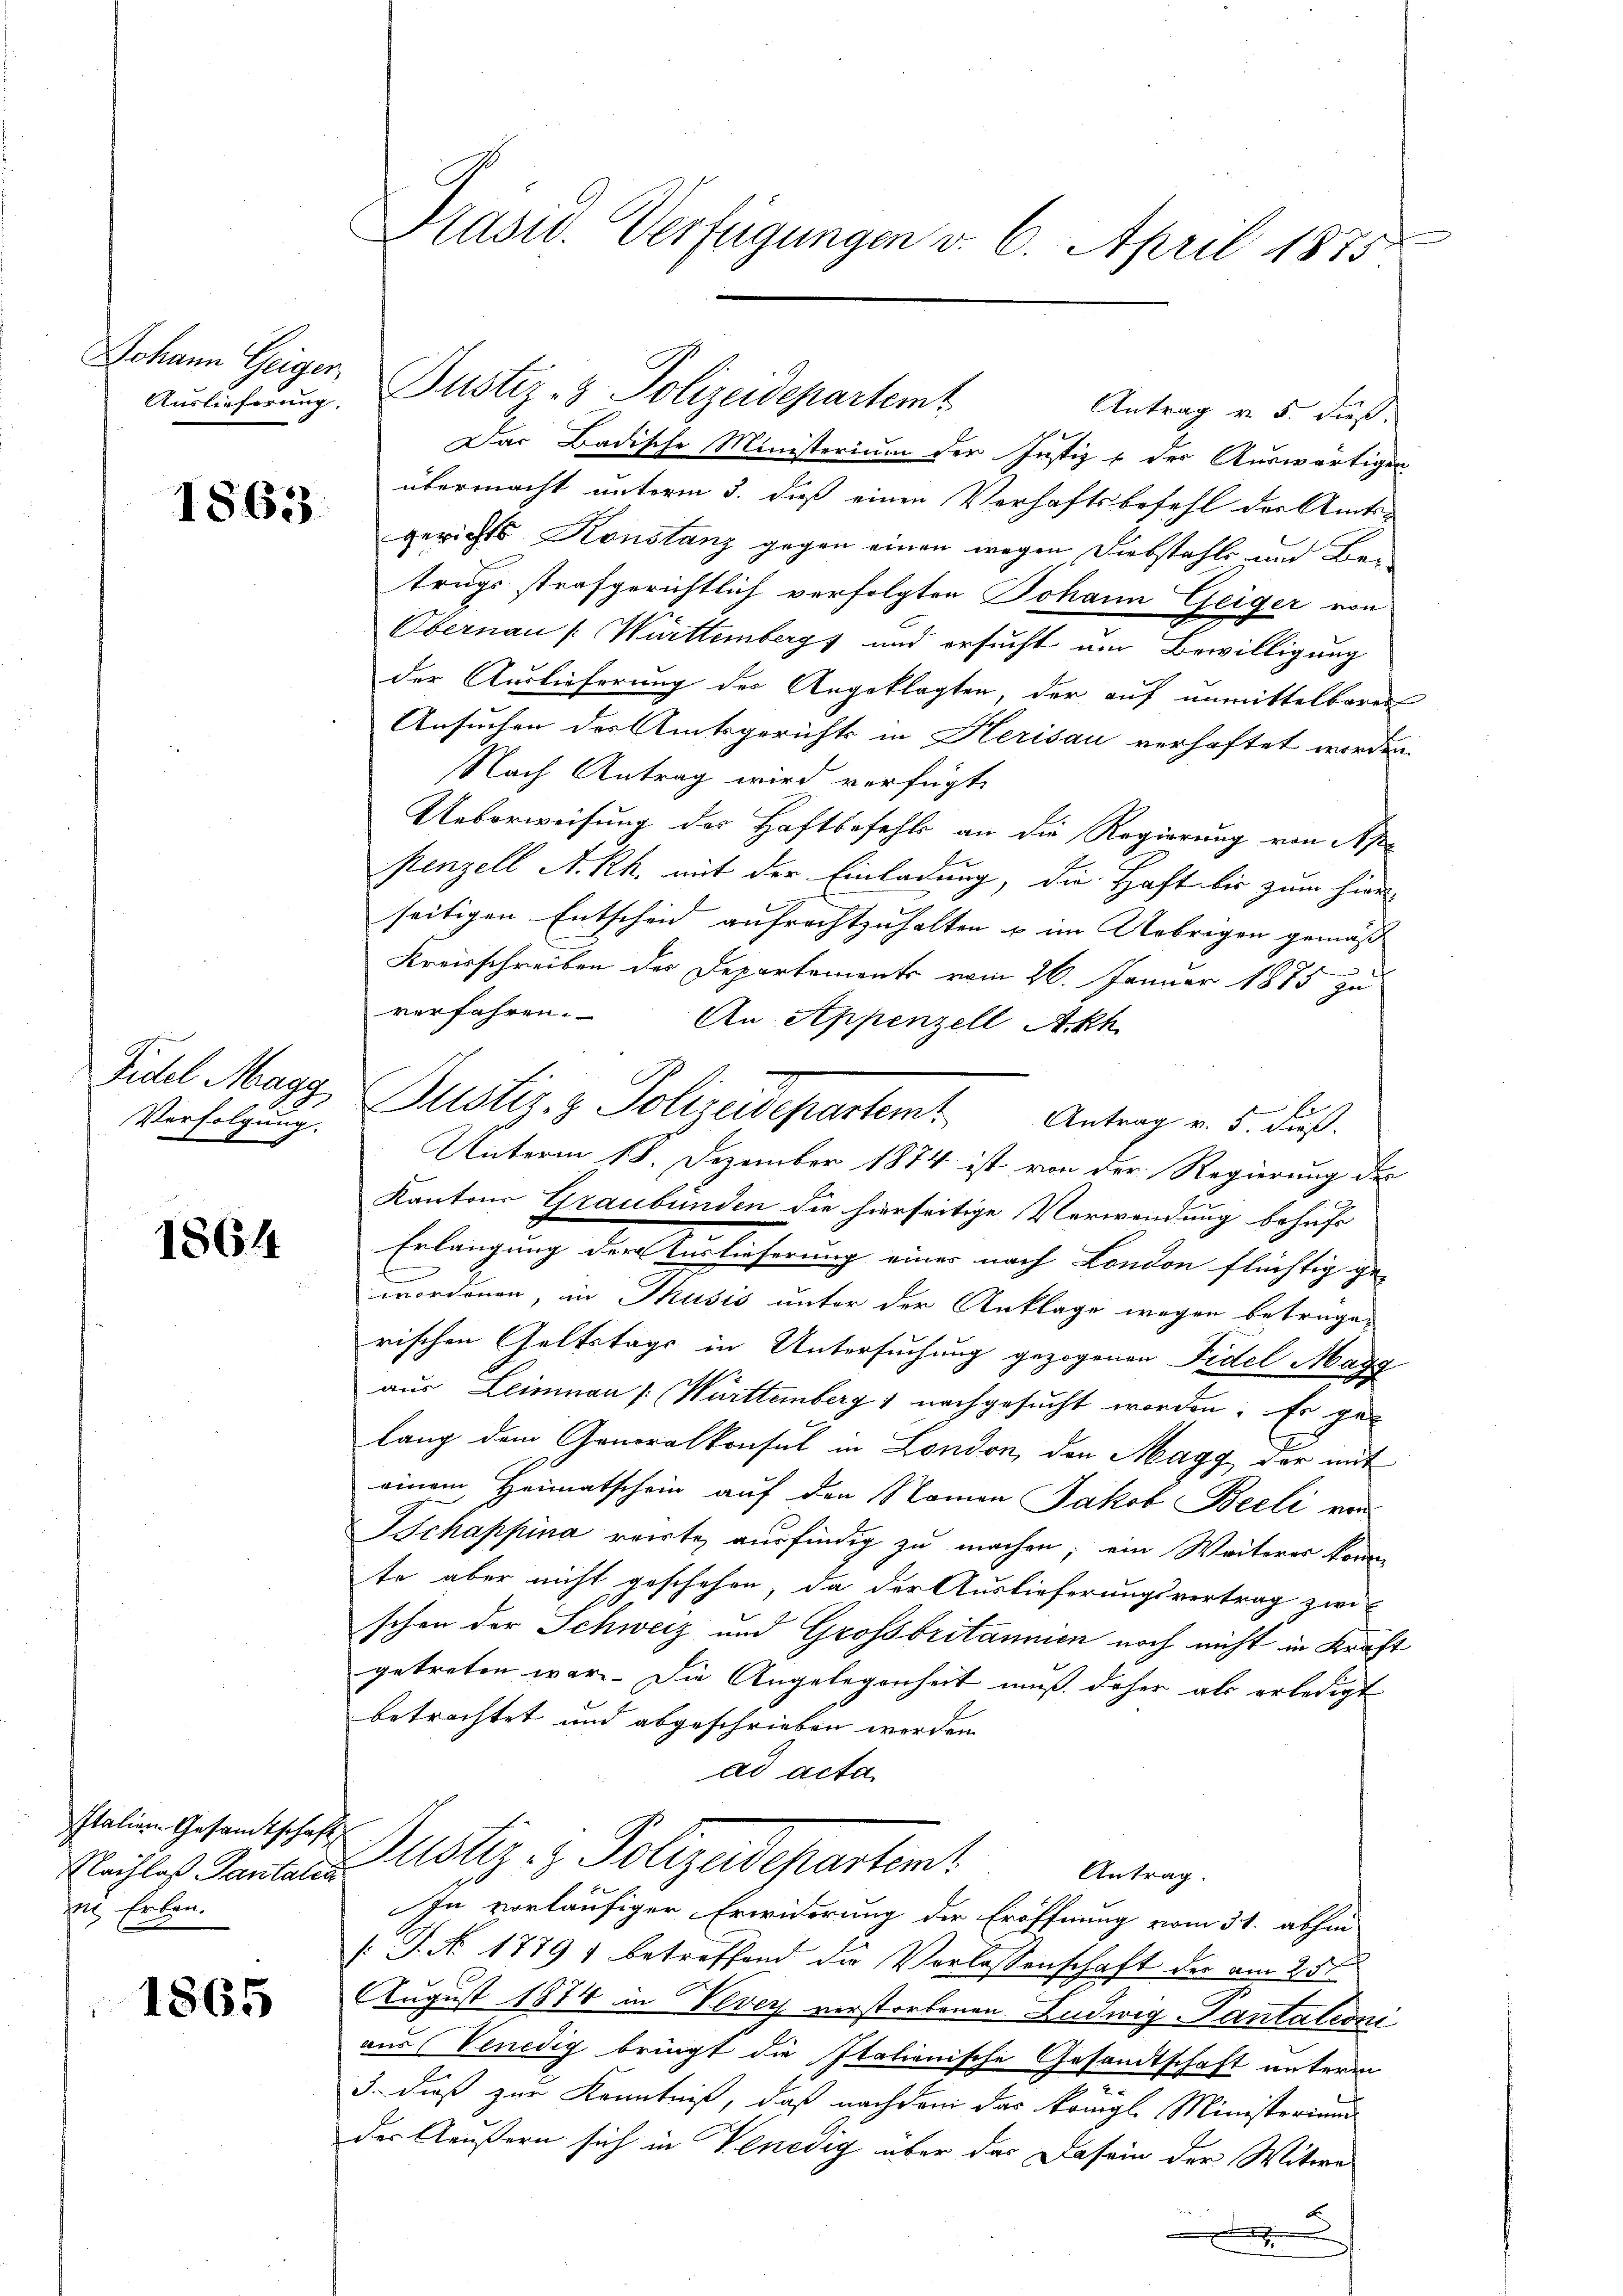
Auslieferung,

1863.

Verfolgung.

1864

Italien Gesamtschaft
Nachlaß Pantalia
ns Erben.

1865

Präsid. Verfügungen v. 6. April 1875

Antrag v. 5. dieß.
Das Badische Ministerium der Justiz & der Auswärtigen
übermacht unterm 3. daß einen Verhaftsbefehl der Amts-
gerichts Konstanz gegen einen wegen Diebstahls und Betrugs strafgerichtlich verfolgten Johann Geiger von
Obernau ( Württemberg und ersucht um Bewilligung
der Auslieferung des Angeklagten, der auf unmittelbaren
Ansuchen des Amtsgerichts in Herisau verhaftet worden.
Nach Antrag wird verfügt,
Ueberweisung des Haftbefehls an die Regierung von Ape
penzell A. Rh. mit der Einladung, die Haft bis zum hier
seitigen Entscheid aufrechtzuhalten u im Uebrigen gemäß
Kreisschreiben der Departements vom 26. Januar 1885 zu
verfahren. An Appenzell A.Rh.
Fidel Magy, Pustiz & Polizeidepartemt. Antrag v. 5. die
Be
Unterm 18. Dezember 1874 ist von der Regierung der
Kantons Graubünden die hierseitige Verwendung behufs
Erlangung der Verlicherung einer nach London flüchtig ge
wordenen, in Thusis unter der Anklage wegen betragerischen Geltstags in Untersuchung gezogenen Fidel Magg
aus Leimnau ( Württemberg) nachgesucht worden. Er gelang dem Generalkonsul in London, den Magg der mit
einem Heimatschein auf den Namen Jakob Beeli von
Ichappina reite ausfündig zu machen; ein Weiteres könne
te aber nicht geschehen, da der Auslieferungsvertrag zwi-
schon der Schweiz und Grossbritannien noch nicht in Kraft
getreten war. Die Angelegenheit muß daher als erledigt
betrachtet und abgeschrieben werden.
ad acta
Justiz- & Polizadepartent
Antrag.
In vorläufiger Erwiderung der Eröffnung vom 31. abhin
[J. No 17791 betreffend die Vorlassenschaft der am 25ten
August 1874 in Vevey verstorbenen Ludwig-Pantationi
aus Venedig bringt die Italienische Gesandtschaft unterm
3. dieß zur Kenntniß, daß nachdem das königl. Ministerium
der Aeußern sich in Venedig über das Dasein der Witwe

Johann Geiger Justiz- & Polizeidepartemt